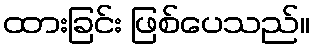
ထားခြင်း ဖြစ်ပေသည်။